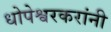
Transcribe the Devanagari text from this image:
धोपेश्वरकरांनी